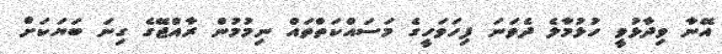
އޭނާ ވިދާޅުވީ ހުޅުމާލެ ދެވަނަ ފިހަވަހީގެ މަސައްކަތްތައް ނިމުމުން ރާއްޖޭގެ ގިނަ ބަޔަކަށް